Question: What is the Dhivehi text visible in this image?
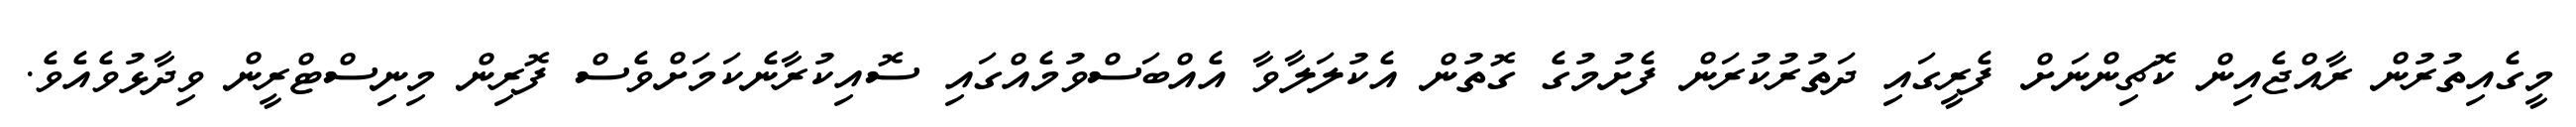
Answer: މީގެއިތުރުން ރާއްޖެއިން ކޮޗިންނަށް ފެރީގައި ދަތުރުކުރަން ފެށުމުގެ ގޮތުން އެކުލަލާވާ އެއްބަސްވުމެއްގައި ސޮއިކުރާނެކަމަށްވެސް ފޮރިން މިނިސްޓްރީން ވިދާޅުވެއެވެ.